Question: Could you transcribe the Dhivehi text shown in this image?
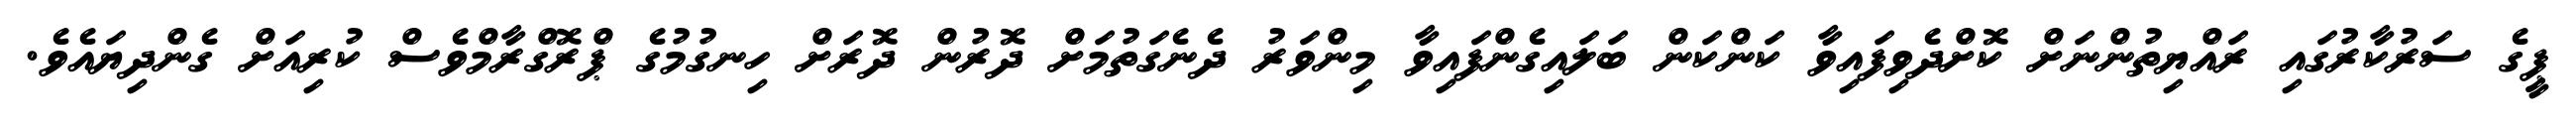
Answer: ޕީގެ ސަރުކާރުގައި ރައްޔިތުންނަށް ކޮށްދެވިފައިވާ ކަންކަން ބަލައިގެންފައިވާ މިންވަރު ދެނެގަތުމަށް ދޮރުން ދޮރަށް ހިނގުމުގެ ޕްރޮގްރާމްވެސް ކުރިއަށް ގެންދިޔައެވެ.